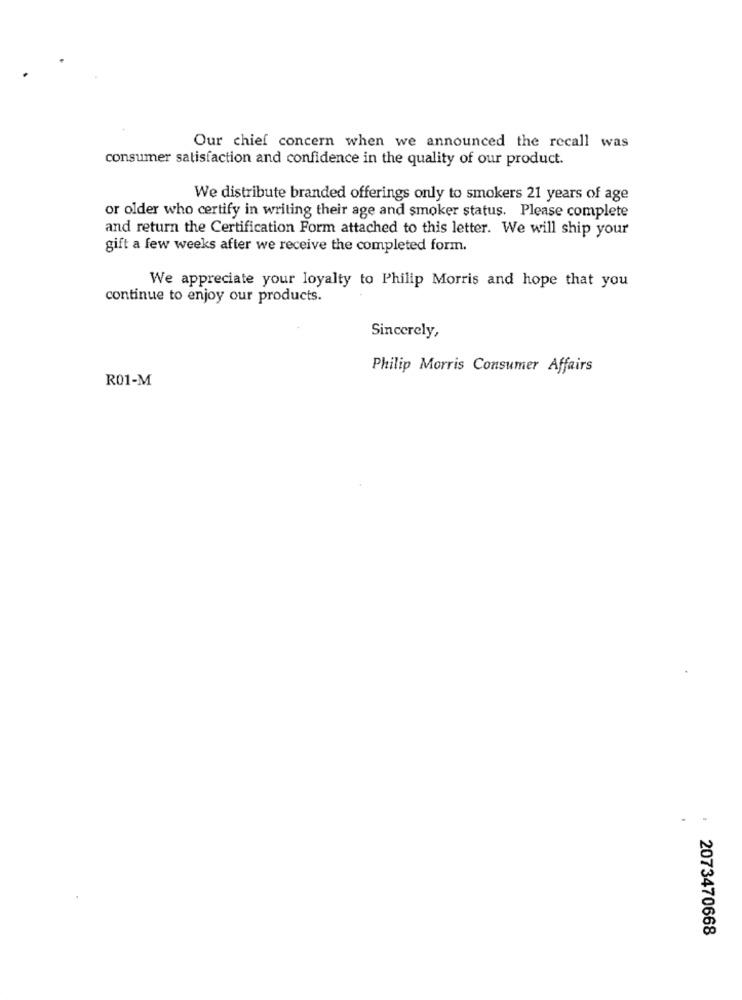
Our chief concern when we announced the recall was
consumer satisfaction and confidence in the quality of our product.
We distribute branded offerings only to smokers 21 years of age
or older who certify in writing their age and smoker status. Please complete
and return the Certification Form attached to this letter. We will ship your
gift a few weeks after we receive the completed form.
We appreciate your loyalty to Philip Morris and hope that you
continue to enjoy our products.
Sincerely,
Philip Morris Consumer Affairs
R01-M
.
2073470668